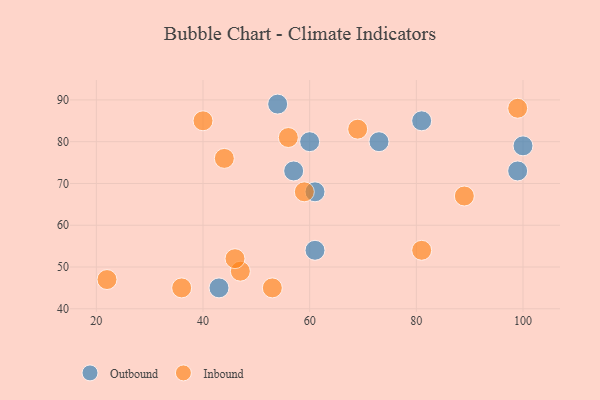
{"axis": {"x": "GDP", "y": "Life Expectancy"}, "legend": ["Inbound", "Outbound"], "data": [{"x": "100", "y": 79, "type": "Outbound"}, {"x": "81", "y": 85, "type": "Outbound"}, {"x": "43", "y": 45, "type": "Outbound"}, {"x": "57", "y": 73, "type": "Outbound"}, {"x": "61", "y": 54, "type": "Outbound"}, {"x": "73", "y": 80, "type": "Outbound"}, {"x": "61", "y": 68, "type": "Outbound"}, {"x": "60", "y": 80, "type": "Outbound"}, {"x": "54", "y": 89, "type": "Outbound"}, {"x": "99", "y": 73, "type": "Outbound"}, {"x": "99", "y": 88, "type": "Inbound"}, {"x": "47", "y": 49, "type": "Inbound"}, {"x": "46", "y": 52, "type": "Inbound"}, {"x": "44", "y": 76, "type": "Inbound"}, {"x": "40", "y": 85, "type": "Inbound"}, {"x": "89", "y": 67, "type": "Inbound"}, {"x": "69", "y": 83, "type": "Inbound"}, {"x": "56", "y": 81, "type": "Inbound"}, {"x": "22", "y": 47, "type": "Inbound"}, {"x": "81", "y": 54, "type": "Inbound"}, {"x": "36", "y": 45, "type": "Inbound"}, {"x": "53", "y": 45, "type": "Inbound"}, {"x": "59", "y": 68, "type": "Inbound"}]}